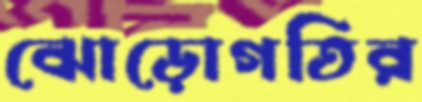
ঝোড়োগতির